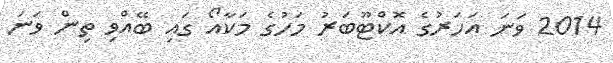
2014 ވަނަ އަހަރުގެ އޮކްޓޫބަރު މަހުގެ މަކާއޯ ގައި ބޭއްވި ތިން ވަނަ